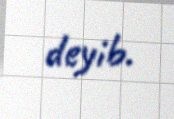
deyib.